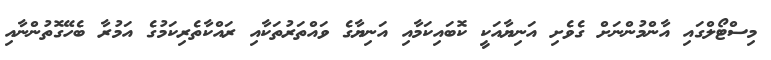
މިސްޓޯލްގައި އާންމުންނަށް ގެވެށި އަނިޔާއަކީ ކޮބައިކަމާއި އަނިޔާގެ ވައްތަރުތަކާއި ރައްކާތެރިކަމުގެ އަމުރާ ބެހޭގޮތުންނާއި